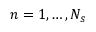
n = 1 , \dots , N _ { s }